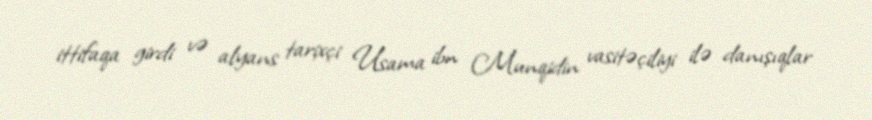
ittifaqa girdi və alyans tarixçi Usama ibn Munqidin vasitəçiliyi ilə danışıqlar